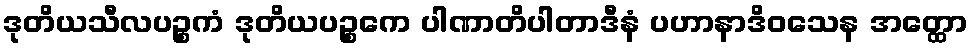
ဒုတိယသီလပဉ္စကံ ဒုတိယပဉ္စကေ ပါဏာတိပါတာဒီနံ ပဟာနာဒိဝသေန အတ္ထော